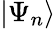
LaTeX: |\Psi_{n}\rangle